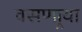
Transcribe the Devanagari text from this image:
वसणार्‍या